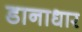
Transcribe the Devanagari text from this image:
डानाधार